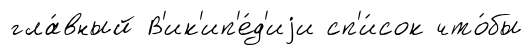
гла́вный В'ик'ип'е́д'иjи сп'и́сок что́бы